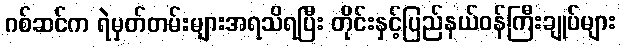
ဂစ်ဆင်က ရဲမှတ်တမ်းများအရသိရပြီး တိုင်းနှင့်ပြည်နယ်ဝန်ကြီးချုပ်များ